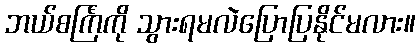
ဘယ်စင်္ကြံကို သွားရမလဲပြောပြနိုင်မလား။